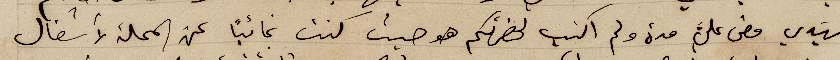
سَيدي مضى علي مدة ولم اكتب لحضرتكم هو حيث كنت غائباً عن المحلة لأشغال